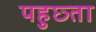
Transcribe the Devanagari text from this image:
पहुछ्ता